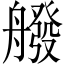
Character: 𦪑